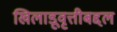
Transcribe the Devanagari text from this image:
खिलाडूवृत्तीबद्दल